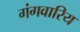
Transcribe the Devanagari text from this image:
गंगवारिय